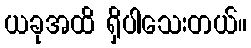
ယခုအထိ ရှိပါသေးတယ်။